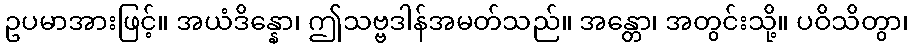
ဥပမာအားဖြင့်။ အယံဒိန္နော၊ ဤသဗ္ဗဒါန်အမတ်သည်။ အန္တော၊ အတွင်းသို့။ ပဝိသိတွာ၊